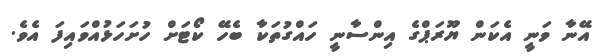
އޭނާ ވަނީ އެކަން ޔޫރަޕްގެ އިންސާނީ ހައްގުތަކާ ބެހޭ ކޯޓަށް ހުށަހަޅުއްވައިފަ އެވެ.